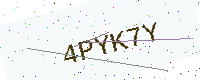
Text: 4PYK7Y